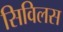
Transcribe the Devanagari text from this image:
सिविलस